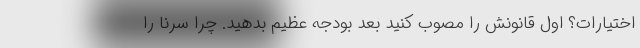
اختیارات؟ اول قانونش را مصوب کنید بعد بودجه عظیم بدهید. چرا سرنا را